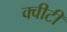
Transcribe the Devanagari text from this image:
क्‍वीटी